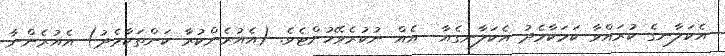
އެކަލާނގެ ކުރައްވާ ކަމަކާމެދު އެކަލާނގެއާ  އެއް ނުކުރެވޭހުށްޓެވެ. (އެއުރެންކުރާ ކަންތަކާމެދު) އެއުރެންނާ